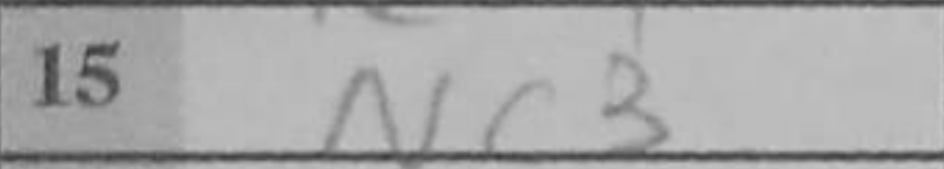
Transcription: Nc3